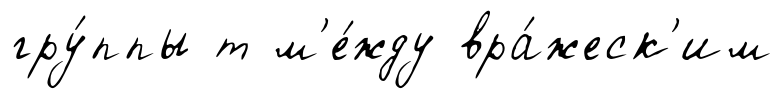
гру́ппы т м'е́жду вра́жеск'им